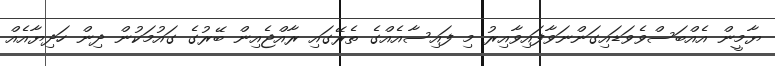
ޔާމީން އެއްބަސްވެވަޑައިގަންނަވާފައިވާއިރު މި ފައިސާއެއްގެ ތެރޭގައި ރާއްޖެއިން ބޭރުގެ ގައުމަކުން ދިން ހަދިޔާއެއް